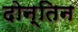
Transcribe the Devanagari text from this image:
दोन्तिन